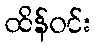
ထိန်ဝင်း